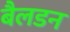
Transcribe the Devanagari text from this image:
बैलडन